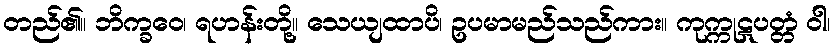
တည်၏။ ဘိက္ခဝေ၊ ရဟန်းတို့။ သေယျထာပိ၊ ဥပမာမည်သည်ကား။ ကုက္ကုဋပတ္တံ ဝါ၊